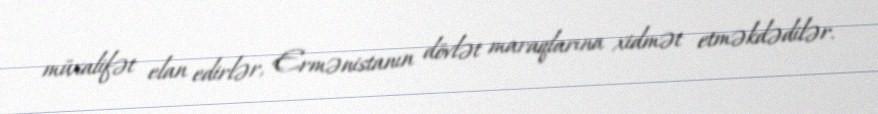
müxalifət elan edirlər, Ermənistanın dövlət maraqlarına xidmət etməkdədilər.